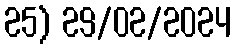
25) 29/02/2024